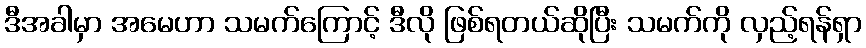
ဒီအခါမှာ အမေဟာ သမက်ကြောင့် ဒီလို ဖြစ်ရတယ်ဆိုပြီး သမက်ကို လှည့်ရန်ရှာ